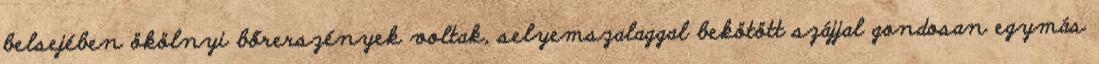
belsejében ökölnyi bőrerszények voltak, selyemszalaggal bekötött szájjal gondosan egymás